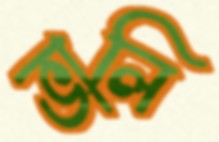
ভালি